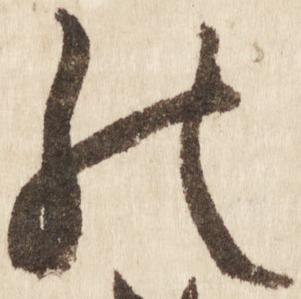
の